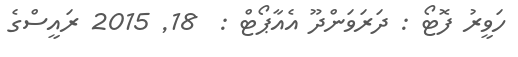
ހަވީރު ފޮޓޯ : ދަރަވަންދޫ އެއާޕޯޓް :  18